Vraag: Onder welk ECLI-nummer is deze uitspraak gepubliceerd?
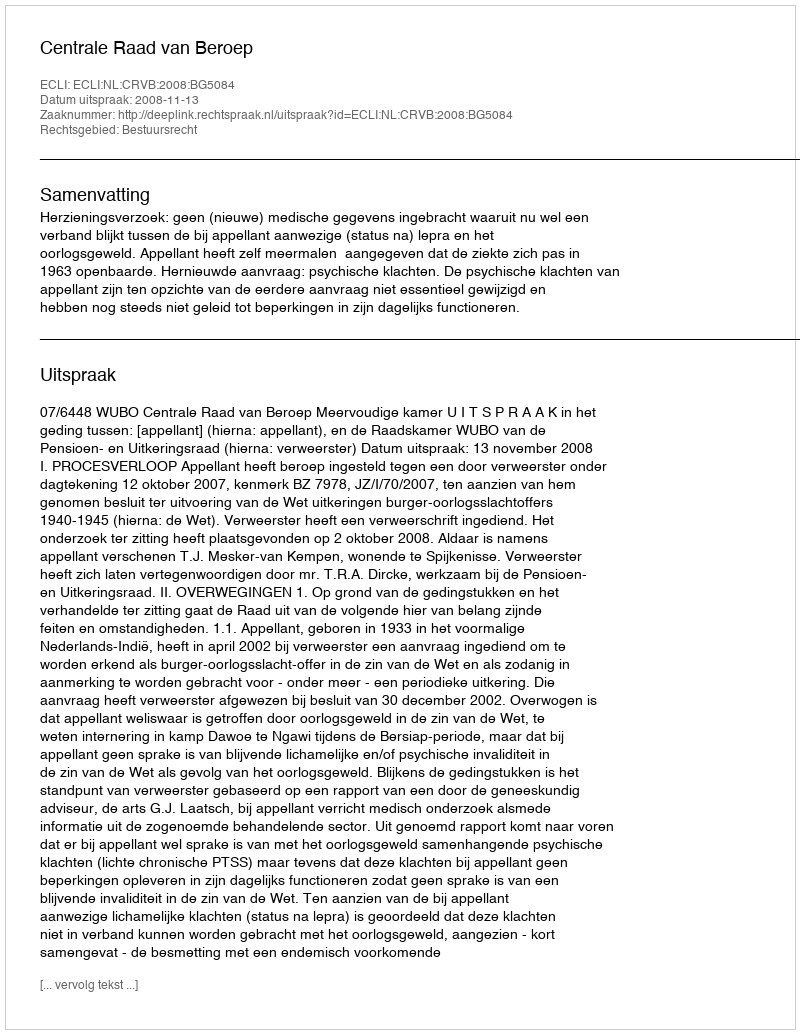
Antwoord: ECLI:NL:CRVB:2008:BG5084